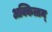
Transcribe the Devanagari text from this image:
अक्कित्तम्